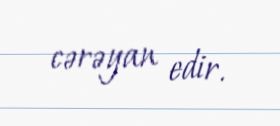
cərəyan edir.